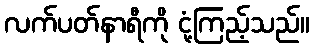
လက်ပတ်နာရီကို ငုံ့ကြည့်သည်။